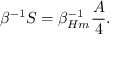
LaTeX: \beta ^ { - 1 } S = \beta _ { H m } ^ { - 1 } { \frac { A } { 4 } } .